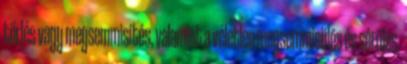
törlés vagy megsemmisítés, valamint a véletlen megsemmisülés és sérülés,